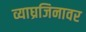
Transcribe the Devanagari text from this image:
व्याघ्रजिनावर